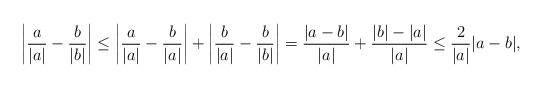
LaTeX: \begin{align*}\left|\frac{a}{|a|}-\frac{b}{|b|}\right|\le \left|\frac{a}{|a|}-\frac{b}{|a|}\right|+\left|\frac{b}{|a|}-\frac{b}{|b|}\right|= \frac{|a-b|}{|a|}+\frac{|b|-|a|}{|a|}\le \frac{2}{|a|}|a-b|,\end{align*}